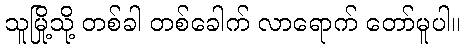
သူမြို့သို့ တစ်ခါ တစ်ခေါက် လာရောက် တော်မူပါ။